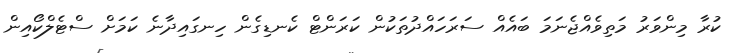
ކުރާ މިންވަރު މަތިވެއްޖެނަމަ ބައެއް ސަރަހައްދުތަކުން ކަރަންޓް ކެނޑިގެން ހިނގައިދާނެ ކަަމަށް ސްޓެލްކޯއިން